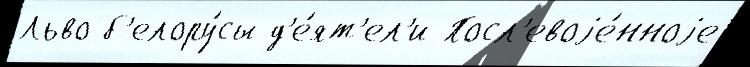
Льво б'елору́сы д'е́ят'ел'и Посл'евоjе́нноjе